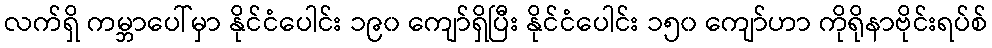
လက်ရှိ ကမ္ဘာပေါ်မှာ နိုင်ငံပေါင်း ၁၉၀ ကျော်ရှိပြီး နိုင်ငံပေါင်း ၁၅၀ ကျော်ဟာ ကိုရိုနာဗိုင်းရပ်စ်